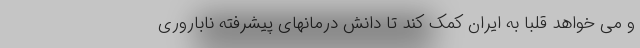
و می خواهد قلبا به ایران کمک کند تا دانش درمانهای پیشرفته ناباروری